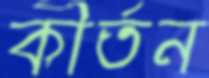
কীর্তন